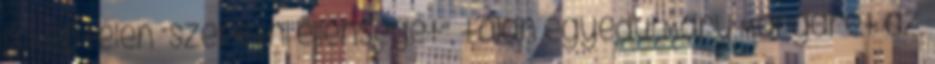
is képtelen “szeretni ellenségét”, talán egyedül Mary Margaret az,